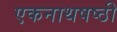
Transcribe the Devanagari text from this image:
एकनाथषष्ठी